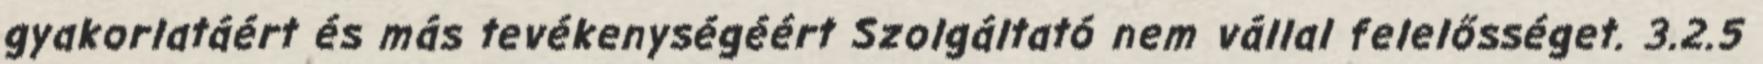
gyakorlatáért és más tevékenységéért Szolgáltató nem vállal felelősséget. 3.2.5